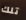
تلك